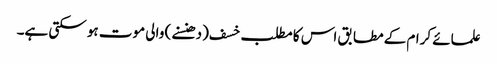
علمائے کرام کے مطابق اس کا مطلب خسف (دھنسنے) والی موت ہو سکتی ہے۔